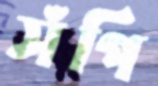
সঁপি